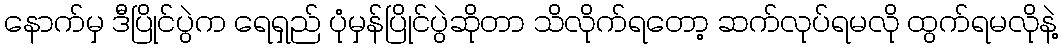
နောက်မှ ဒီပြိုင်ပွဲက ရေရှည် ပုံမှန်ပြိုင်ပွဲဆိုတာ သိလိုက်ရတော့ ဆက်လုပ်ရမလို ထွက်ရမလိုနဲ့